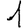
Digit: 1